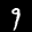
Label: 9